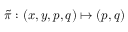
\tilde { \pi } : ( x , y , p , q ) \mapsto ( p , q )